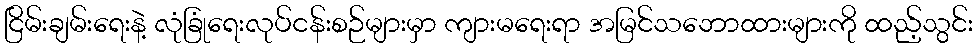
ငြိမ်းချမ်းရေးနဲ့ လုံခြုံရေးလုပ်ငန်းစဉ်များမှာ ကျားမရေးရာ အမြင်သဘောထားများကို ထည့်သွင်း